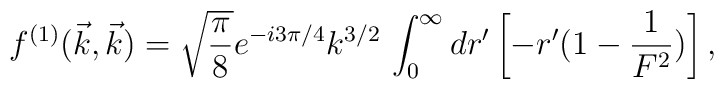
f^{(1)}(\vec k,\vec k)=\sqrt{\frac{\pi}{8}}e^{-i3\pi/4} k^{3/2}\,        \int_0^\infty dr'\left[ -r'(1-\frac{1}{F^2})\right],